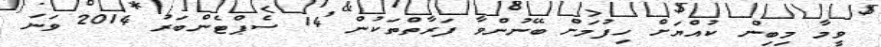
ވީމާ މިބިން ކުއްޔަށް ހިފުމަށް ބޭނުންވާ ފަރާތްތަކުން 14 ސެޕްޓެންބަރު 2014 ވަނަ